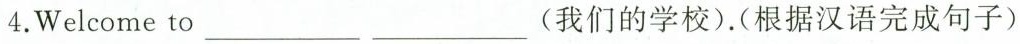
4.Welcome to ___ ___(我们的学校).(根据汉语完成句子)